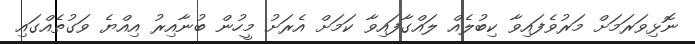
ނޮޅިވަރަމަށް މަރުވެފައިވާ ކިބުލެއް ލައްގާފައިވާ ކަމަށް އެރަށު މީހުން ބުނާއިރު އިއްޔެ ވަގުތެއްގައި